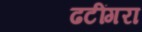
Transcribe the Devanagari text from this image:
ढटींगरा